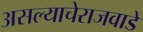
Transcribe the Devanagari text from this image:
असल्याचेराजवाडे